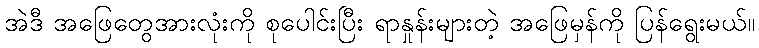
အဲဒီ အဖြေတွေအားလုံးကို စုပေါင်းပြီး ရာနှုန်းများတဲ့ အဖြေမှန်ကို ပြန်ရွေးမယ်။